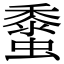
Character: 𧒁